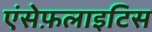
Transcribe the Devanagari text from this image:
एंसेफ़लाइटिस